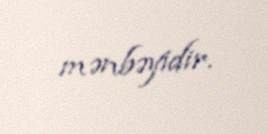
mənbəyidir.